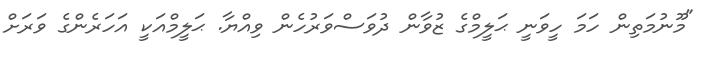
"މޫނުމަތިން ހަމަ ހީވަނީ ޙަލީމްގެ ޒުވާން ދުވަސްވަރުހެން ވިއްޔާ. ޙަލީމްއަކީ އަހަރެންގެ ވަރަށް